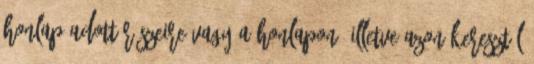
Honlap adott részeire vagy a Honlapon, illetve azon keresztül